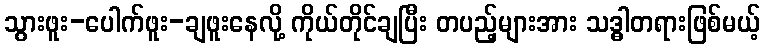
သွားဖူး-ပေါက်ဖူး-ချဖူးနေလို့ ကိုယ်တိုင်ချပြီး တပည့်များအား သဒ္ဓါတရားဖြစ်မယ့်